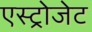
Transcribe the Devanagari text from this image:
एस्‍ट्रोजेट